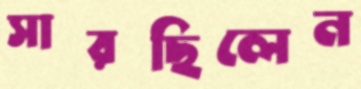
সারছিলেন